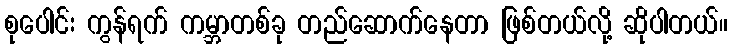
စုပေါင်း ကွန်ရက် ကမ္ဘာတစ်ခု တည်ဆောက်နေတာ ဖြစ်တယ်လို့ ဆိုပါတယ်။